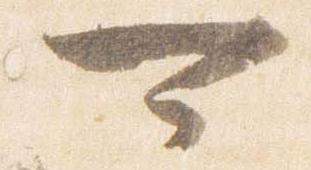
可